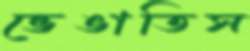
ভেঙাতিস